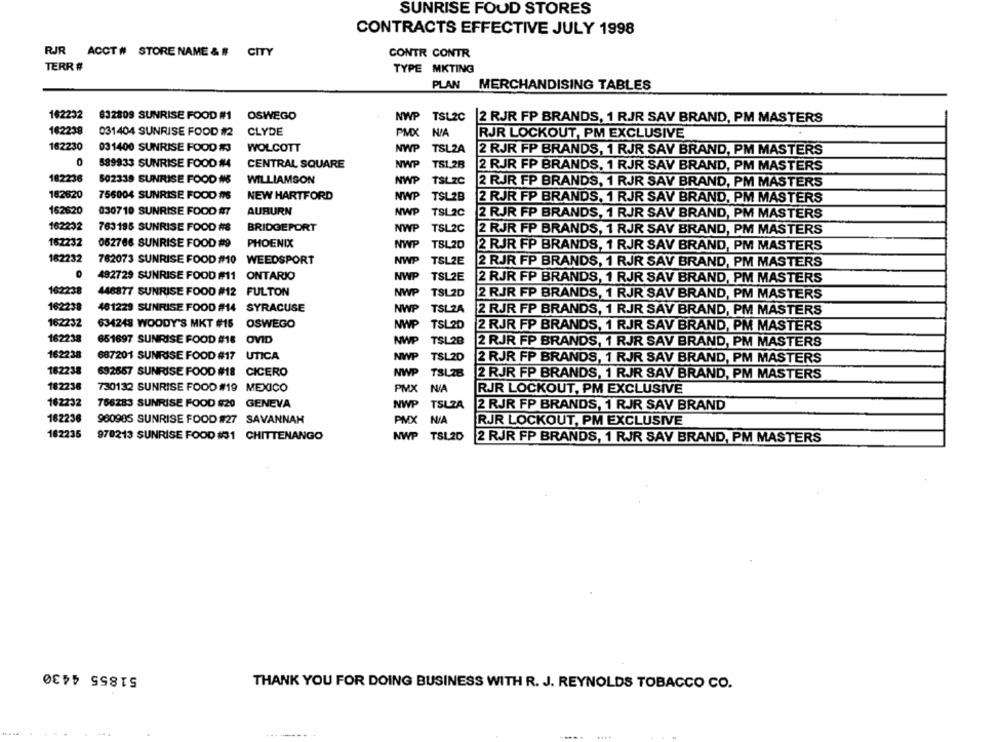
SUNRISE FOUD STORES
CONTRACTS EFFECTIVE JULY 1998
CONTR CONTR
RJR ACCT # STORE NAME & # CITY
TERR #
TYPE MKTING
PLAN
MERCHANDISING TABLES
162232
632809 SUNRISE FOOD #1 OSWEGO
NWP
TSL2C
2 RJR FP BRANDS, 1 RJR SAV BRAND, PM MASTERS
162238
031404 SUNRISE FOOD #2
CLYDE
PMX
RJR LOCKOUT, PM EXCLUSIVE
162230
031400 SUNRISE FOOD #3
WOLCOTT
NWP
TSL2A
2 RJR FP BRANDS, 1 RJR SAV BRAND, PM MASTERS
0
589933 SUNRISE FOOD #4
CENTRAL SQUARE
NWP
TS1.28
2 RJR FP BRANDS, 1 RJR SAV BRAND, PM MASTERS
182236
NWP
502339 SUNRISE FOOD #S
WILLIAMSON
TSLZC
2 RJR FP BRANDS, 1 RJR SAV BRAND, PM MASTERS
182620
756004 SUNRISE FOOD #IS
NEW HARTFORD
NWP
TSL2B
2 RJR FP BRANDS, 1 RJR SAV BRAND, PM MASTERS
162620
030710 SUNRISE FOOD #7
AUBURN
NWP
TSL2C
2 RJR FP BRANDS, 1 RJR SAV BRAND, PM MASTERS
162202
763185 SUNRISE FOOD #8
BRIDGEPORT
NWP
TSL2C
2 RJR FP BRANDS, 1 RJR SAV BRAND, PM MASTERS
162232
052768 SUNRISE FOOD #9
PHOENIX
NWP
TSL20
2 RJR FP BRANDS, 1 RJR SAV BRAND, PM MASTERS
182232
762073 SUNRISE FOOD #10 WEEDSPORT
NWP
TSL2E
2 RJR FP BRANDS, 1 RJR SAV BRAND, PM MASTERS
0
492729 SUNRISE FOOD #11 ONTARIO
NWP
TSL2E
2 RJR FP BRANDS, 1 RJR SAV BRAND, PM MASTERS
162238
448877 SUNRISE FOOD #12 FULTON
NWP
TSL2D
2 RJR FP BRANDS, 1 RJR SAV BRAND, PM MASTERS
162238
461229 SUNRISE FOOD #14 SYRACUSE
NWP
TSLZA
2 RJR FP BRANDS, 1 RJR SAV BRAND, PM MASTERS
162232
634248 WOODY'S MKT #16 OSWEGO
NWP
TSL20
2 RJR FP BRANDS, 1 RJR SAV BRAND, PM MASTERS
162238
651697 SUNRISE FOOD #18 OVID
NWP
TSL28
2 RJR FP BRANDS, 1 RJR SAV BRAND, PM MASTERS
162238
687201 SUNRISE FOOD #17 UTICA
NWP
TSL2D
2 RJR FP BRANDS, 1 RJR SAV BRAND, PM MASTERS
162238
692667 SUNRISE FOOD #18 CICERO
NWP
TSLIB
2 RJR FP BRANDS, 1 RJR SAV BRAND, PM MASTERS
162238
730132 SUNRISE FOOD #19 MEXICO
PMX
RJR LOCKOUT, PM EXCLUSIVE
162232
766283 SUNRISE FOOD $20 GENEVA
NWP
TSLZA
2 RJR FP BRANDS, 1 RJR SAY BRAND
162236
960985 SUNRISE FOOD #27 SAVANNAH
PMX
RJR LOCKOUT, PM EXCLUSIVE
182235
970213 SUNRISE FOOD #31 CHITTENANGO
NWP
TSL2D
2 RJR FP BRANDS, 1 RJR SAY BRAND, PM MASTERS
51855 4430
THANK YOU FOR DOING BUSINESS WITH R. J. REYNOLDS TOBACCO CO.